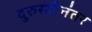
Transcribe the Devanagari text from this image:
दुरुस्तीनंतर